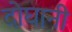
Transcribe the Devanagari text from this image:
दोघानी